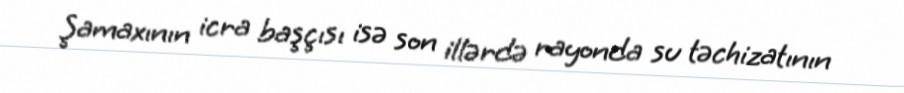
Şamaxının icra başçısı isə son illərdə rayonda su təchizatının